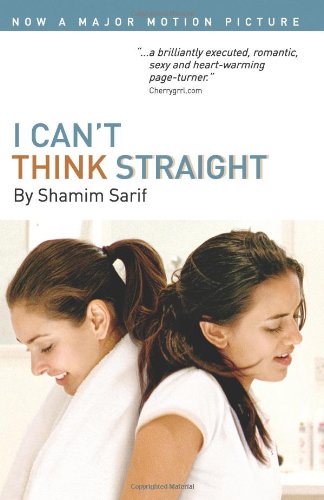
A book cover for I Can't Think Straight; Shamim Sarif; Romance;